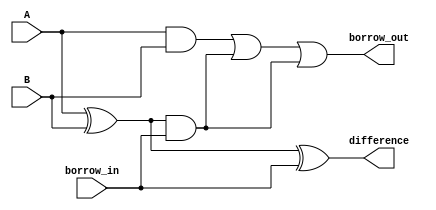
module gate_level_subtractor(
  input A, input B, input borrow_in,
  output difference, output borrow_out
);

  wire A_inv, B_inv, borrow_in_inv;
  wire temp1, temp2, temp3;

  assign A_inv = ~A;
  assign B_inv = ~B;
  assign borrow_in_inv = ~borrow_in;

  assign temp1 = A ^ B;
  assign temp2 = temp1 ^ borrow_in;
  assign difference = temp2;
  assign temp3 = (A & B) | (temp1 & borrow_in);
  assign borrow_out = temp3 | (borrow_in & temp1);

endmodule